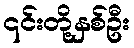
၎င်းတို့နှစ်ဦး